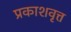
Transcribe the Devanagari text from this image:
प्रकाशवृत्त